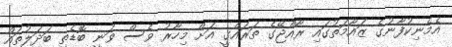
އެމެނިކުފާނުގެ ޒައާމަތުގައި ރާއްޖޭގެ ތަރައްގީ އަށް މިހާރު ވެސް ވަނީ ބޮޑެތި ބަދަލުތައް